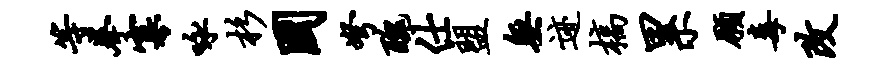
等拳寡咏杉国弩丑仕盟无迹槁累愿毒改